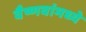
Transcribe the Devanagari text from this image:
वैष्णवांमध्ये